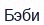
Бэби